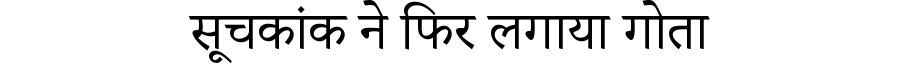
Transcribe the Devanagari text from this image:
सूचकांक ने फिर लगाया गोता